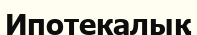
Ипотекалық